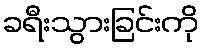
ခရီးသွားခြင်းကို